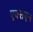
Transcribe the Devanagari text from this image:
एक्सएन